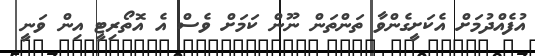
އުފެއްދުމަށް އެކަށީގެންވާ ތަންތަން ނޫން ކަމަށް ވެސް އެ އޮތޯރިޓީ އިން ވަނީ